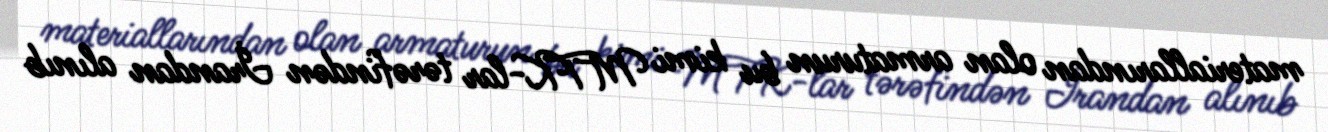
materiallarından olan armaturun bu kimi MTK-lar tərəfindən İrandan alınıb